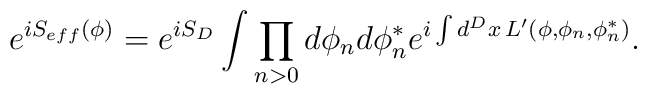
e^{iS_{eff} (\phi )}=e^{iS_D}\int \prod_{n>0}d\phi_n d\phi_n^* e^{i\int  d^D x\,L'(\phi,\phi_n,\phi_n^*)}.